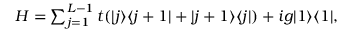
\begin{array} { r } { H = \sum _ { j = 1 } ^ { L - 1 } t ( | j \rangle \langle j + 1 | + | j + 1 \rangle \langle j | ) + i g | 1 \rangle \langle 1 | , } \end{array}